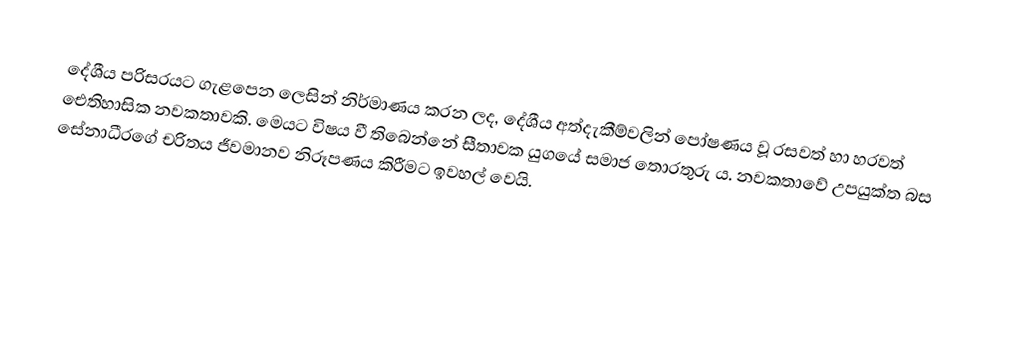
දේශීය පරිසරයට ගැළපෙන ලෙසින් නිර්මාණය කරන ලද, දේශීය අත්දැකීම්වලින් පෝෂණය වූ රසවත් හා හරවත් ඓතිහාසික නවකතාවකි. මෙයට විෂය වී තිබෙන්නේ සීතාවක යුගයේ සමාජ තොරතුරු ය. නවකතාවේ උපයුක්ත බස සේනාධීරගේ චරිතය ජීවමානව නිරූපණය කිරීමට ඉවහල් වෙයි.